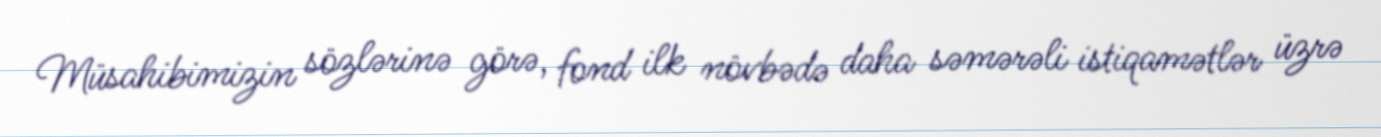
Müsahibimizin sözlərinə görə, fond ilk növbədə daha səmərəli istiqamətlər üzrə